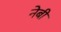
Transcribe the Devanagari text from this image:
नेबी